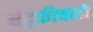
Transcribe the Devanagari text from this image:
बंदुकीचाही